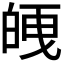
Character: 𭽘